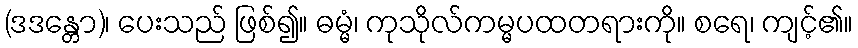
(ဒဒန္တော)၊ ပေးသည် ဖြစ်၍။ ဓမ္မံ၊ ကုသိုလ်ကမ္မပထတရားကို။ စရေ၊ ကျင့်၏။